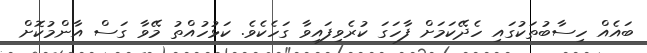
ބައެއް ހިސާބުތަކުގައި ހެދޭކަމަށް ފާހަގަ ކުރެވިފައިވާ ގަހެކެވެ. ކަޅުހުއްތު މޭވާ ގަސް އާންމުކޮށް